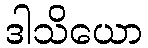
ဒါသိယော